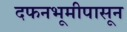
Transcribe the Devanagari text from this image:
दफनभूमीपासून